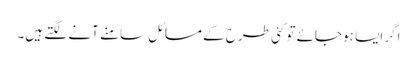
اگر ایسا ہوجائے تو کئی طرح کے مسائل سامنے آنے لگتے ہیں۔